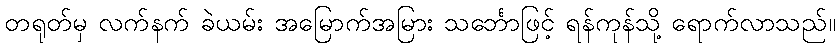
တရုတ်မှ လက်နက် ခဲယမ်း အမြောက်အမြား သင်္ဘောဖြင့် ရန်ကုန်သို့ ရောက်လာသည်။